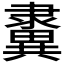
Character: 𨾂